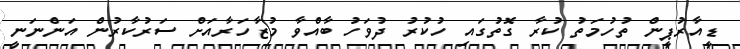
ޑީއާރުޕީން ތުހުމަތު ކުރާ ގޮތުގައި ހުކުރު ދުވަހު ބާއްވާ މުޒާހަރާއަށް ސަރުކާރުން އަންނަނީ